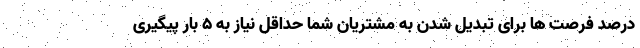
درصد فرصت ها برای تبدیل شدن به مشتریان شما حداقل نیاز به ۵ بار پیگیری